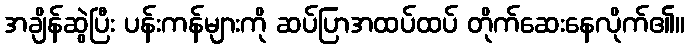
အချိန်ဆွဲပြီး ပန်းကန်များကို ဆပ်ပြာအထပ်ထပ် တိုက်ဆေးနေလိုက်၏။